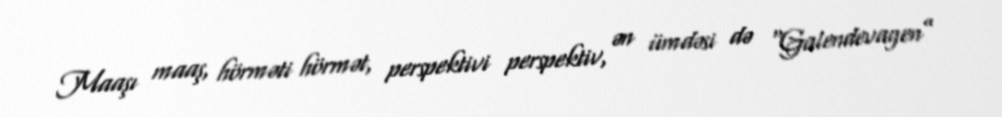
Maaşı maaş, hörməti hörmət, perspektivi perspektiv, ən ümdəsi də “Galendevagen”